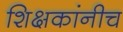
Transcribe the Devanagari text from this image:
शिक्षकांनीच